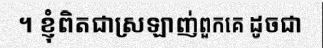
។ ខ្ញុំពិតជាស្រឡាញ់ពួកគេ ដូចជា